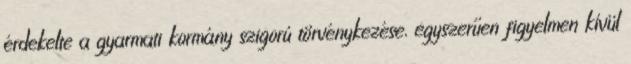
érdekelte a gyarmati kormány szigorú törvénykezése, egyszerűen figyelmen kívül